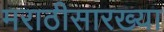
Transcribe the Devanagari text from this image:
मराठीसारख्या